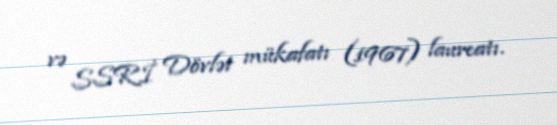
və SSRİ Dövlət mükafatı (1967) laureatı.